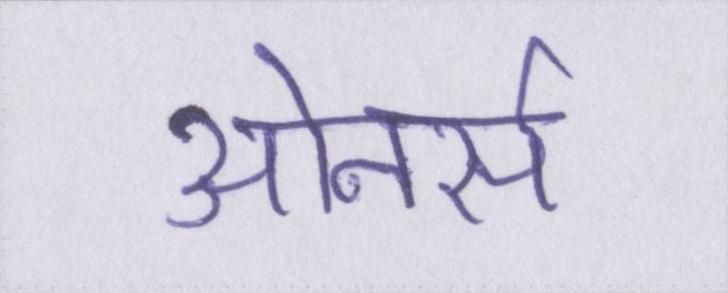
ओनर्स